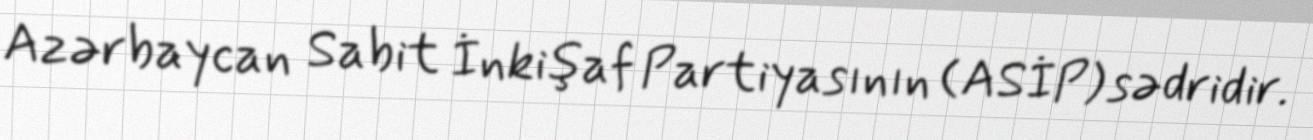
Azərbaycan Sabit İnkişaf Partiyasının (ASİP) sədridir.